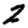
Digit: 2